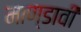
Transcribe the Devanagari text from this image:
माण्डावी